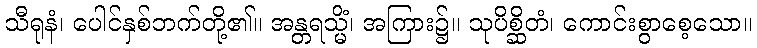
သီရုနံ၊ ပေါင်နှစ်ဘက်တို့၏။ အန္တရသ္မိံ၊ အကြား၌။ သုပိစ္ဆိတံ၊ ကောင်းစွာစေ့သော။